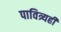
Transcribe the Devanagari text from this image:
पावित्र्यही